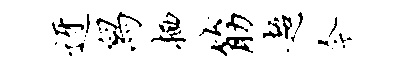
迓舄栖筋超今